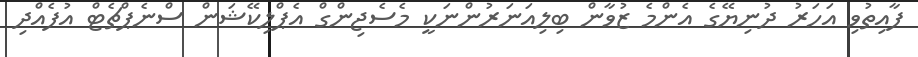
ފާއިތުވި އަހަރު ދުނިޔޭގެ އެންމެ ޒުވާން ބިލިއަނަރުންނަކީ މެސެޖިންގް އެޕްލިކޭޝަން ސްނެޕްޗެޓް އުފެއްދި